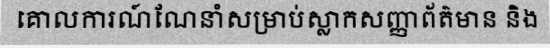
គោលការណ៍ណែនាំសម្រាប់ស្លាកសញ្ញាព័ត៌មាន និង